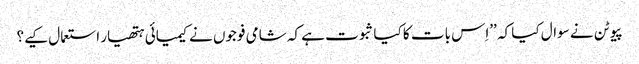
پیوٹن نے سوال کیا کہ ’’اِس بات کا کیا ثبوت ہے کہ شامی فوجوں نے کیمیائی ہتھیار استعمال کیے؟